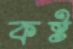
কষ্ট